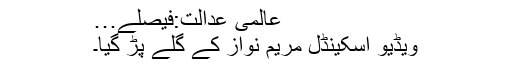
عالمی عدالت:فیصلے…
ویڈیو اسکینڈل مریم نواز کے گلے پڑ گیا۔